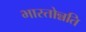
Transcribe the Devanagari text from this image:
भारतोन्नति